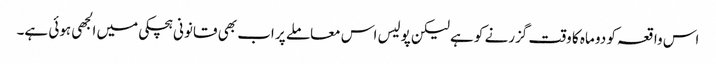
اس واقعہ کو دو ماہ کا وقت گزرنے کو ہے لیکن پولیس اس معاملے پر اب بھی قانونی ہچکی میں الجھی ہوئی ہے۔